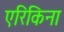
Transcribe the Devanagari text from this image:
एरिकिना